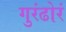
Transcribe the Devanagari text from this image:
गुरंढोरं